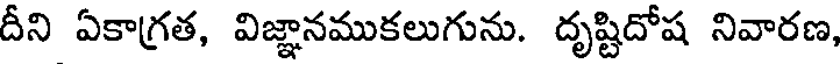
దీని ఏకాగ్రత, విజ్ఞానముకలుగును. దృష్టిదోష నివారణ,